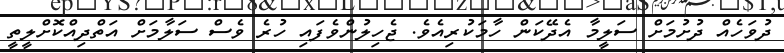
ދުވަހެއް ދުށުމަށް ސަލީމާ އެދޭކަން ހާމަކުރިއެވެ. ޖެހިލުންވެފައި ހުރެ ވެސް ސަލާމަށް އަތްދިއްކޮށްލީތީ